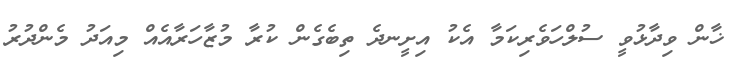
ޚާން ވިދާޅުވީ ސުލްހަވެރިކަމާ އެކު އިށީނދެ ތިބެގެން ކުރާ މުޒާހަރާއެއް މިއަދު މެންދުރު